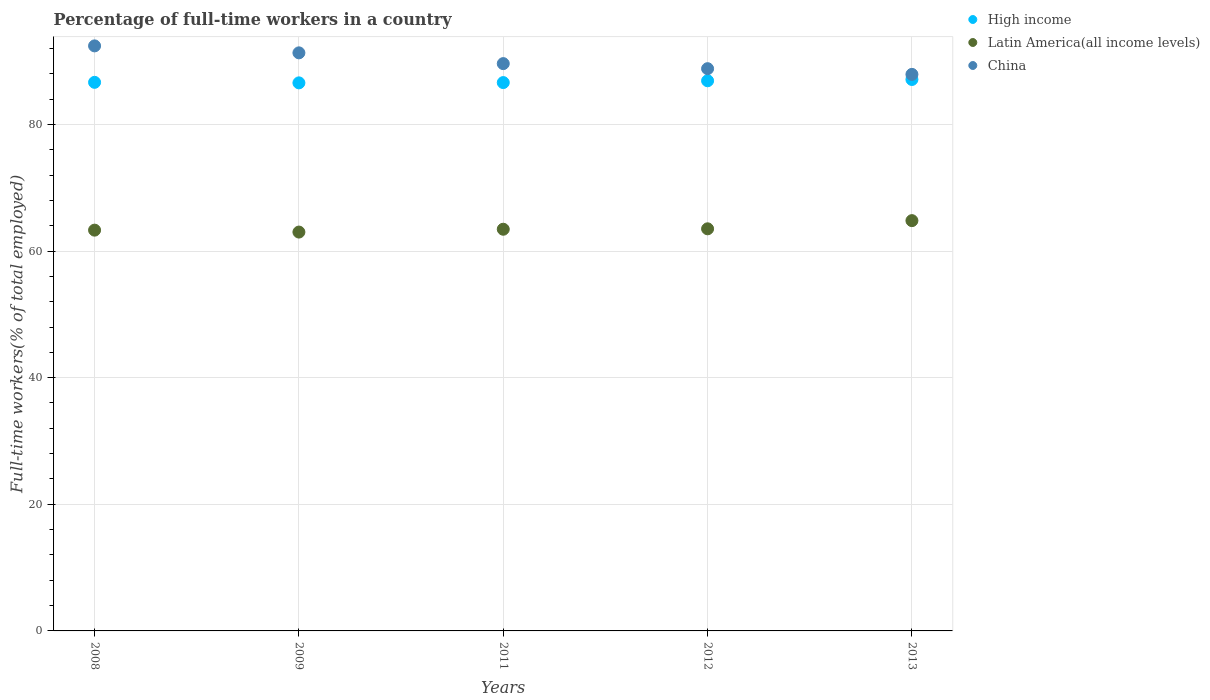
| Years | High income | Latin America(all income levels) | China |
 | --- | --- | --- | --- |
 | 2008 | 86.6 | 63.3 | 92.4 |
 | 2009 | 86.6 | 63 | 91.3 |
 | 2011 | 86.6 | 63.4 | 89.6 |
 | 2012 | 86.9 | 63.5 | 88.8 |
 | 2013 | 87.1 | 64.8 | 87.9 |